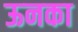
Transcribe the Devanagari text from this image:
ऊनका